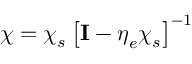
\boldsymbol { \chi } = \boldsymbol { \chi } _ { s } \left[ \mathbf { I } - \boldsymbol { \eta } _ { e } \boldsymbol { \chi } _ { s } \right] ^ { - 1 }